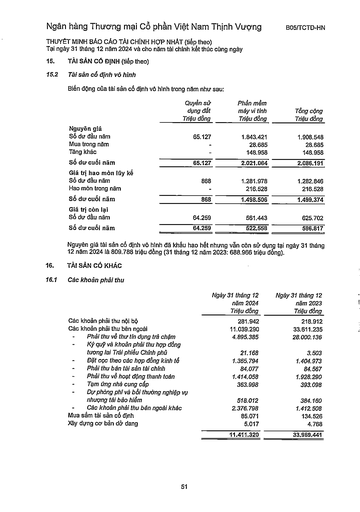
||Quyền sử dụng đất Triệu đồng|Phần mềm máy vi tính Triệu đồng|Tổng cộng Triệu đồng| |---|---|---|---| |Nguyên giá|||| |Số dư đầu năm|65.127|1.843.421|1.908.548| |Mua trong năm||28.685|28.685| |Tăng khác||148.958|148.958| |Số dư cuối năm|65.127|2.021.064|2.086.191| |Giá trị hao mòn lũy kế Số dư đầu năm|868|1.281.978|1.282.846| |Hao mòn trong năm||216.528|216.528| |Số dư cuối năm|868|1.498.506|1.499.374| |Giá trị còn lại Số dư đầu năm|64.259|561.443|625.702| |Số dư cuối năm|64.259|522.558|586.817| ||Ngày 31 tháng 12 năm 2024 Triệu đồng|Ngày 31 tháng 12 năm 2023 Triệu đồng| |---|---|---| |Các khoản phải thu nội bộ|281.942|218.912| |Các khoản phải thu bên ngoài|11.039.290|33.611.235| |Phải thu về thu tín dụng trả chậm|4.895.385|28.000.136| |Ký quỹ và khoản phải thu hợp đồng tương lai Trái phiếu Chính phủ|21.168|3.503| |Đặt cọc theo các hợp đồng kinh tế|1.365.794|1.404.973| |Phải thu bán tài sản tài chính|84.077|84.567| |Phải thu về hoạt động thanh toán|1.414.058|1.928.290| |Tạm ứng nhà cung cấp|363.998|393.098| |Dự phòng phí và bồi thường nghiệp vụ nhượng tái bảo hiểm|518.012|384.160| |Các khoản phải thu bên ngoài khác|2.376.798|1.412.508| |Mua sắm tài sản cố định|85.071|134.526| |Xây dựng cơ bản dở dang|5.017|4.768| ||11.411.320|33.969.441|